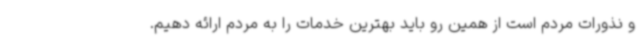
و نذورات مردم است از همین رو باید بهترین خدمات را به مردم ارائه دهیم.